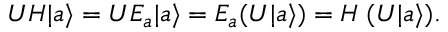
U H | a \rangle = U E _ { a } | a \rangle = E _ { a } ( U | a \rangle ) = H \; ( U | a \rangle ) .